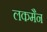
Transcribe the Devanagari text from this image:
लकमैन